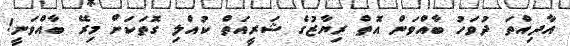
އާދިއްތަ ދުވަހު ބާއްވަން އޮތް ރިޔާޒުގެ ޝަރީއަތް ކުއްލި ގޮތަކަށް މިރޭ ބާއްވަނީ!